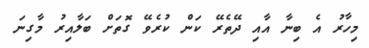
މިހާރު އެ ބިނާ އާއި ދޭތެރޭ ކަން ކުރެވޭ ގޮތަށް ބަލާއިރު މާގިނަ